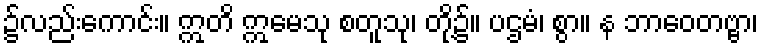
၌လည်းကောင်း။ ဣတိ ဣမေသု စတူသု၊ တို့၌။ ပဌမံ၊ စွာ။ န ဘာဝေတဗ္ဗာ၊